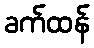
ခက်ထန်